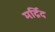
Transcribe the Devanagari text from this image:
मर्द्रिद